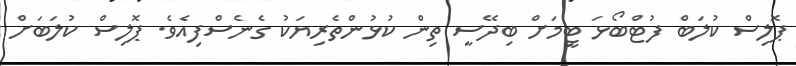
ޕޮލިސް ކުލަބް ފުޓްބޯޅަ ޓީމަށް ބިދޭސީ ތިން ކުޅުންތެރިޔަކު ގެނެސްފިއެވެ. ޕޮލިސް ކުލަބަށް